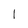
Character: l